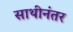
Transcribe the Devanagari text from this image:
साथीनंतर